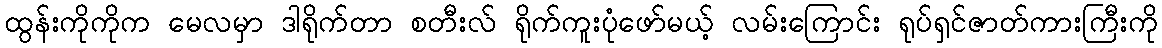
ထွန်းကိုကိုက မေလမှာ ဒါရိုက်တာ စတီးလ် ရိုက်ကူးပုံဖော်မယ့် လမ်းကြောင်း ရုပ်ရှင်ဇာတ်ကားကြီးကို